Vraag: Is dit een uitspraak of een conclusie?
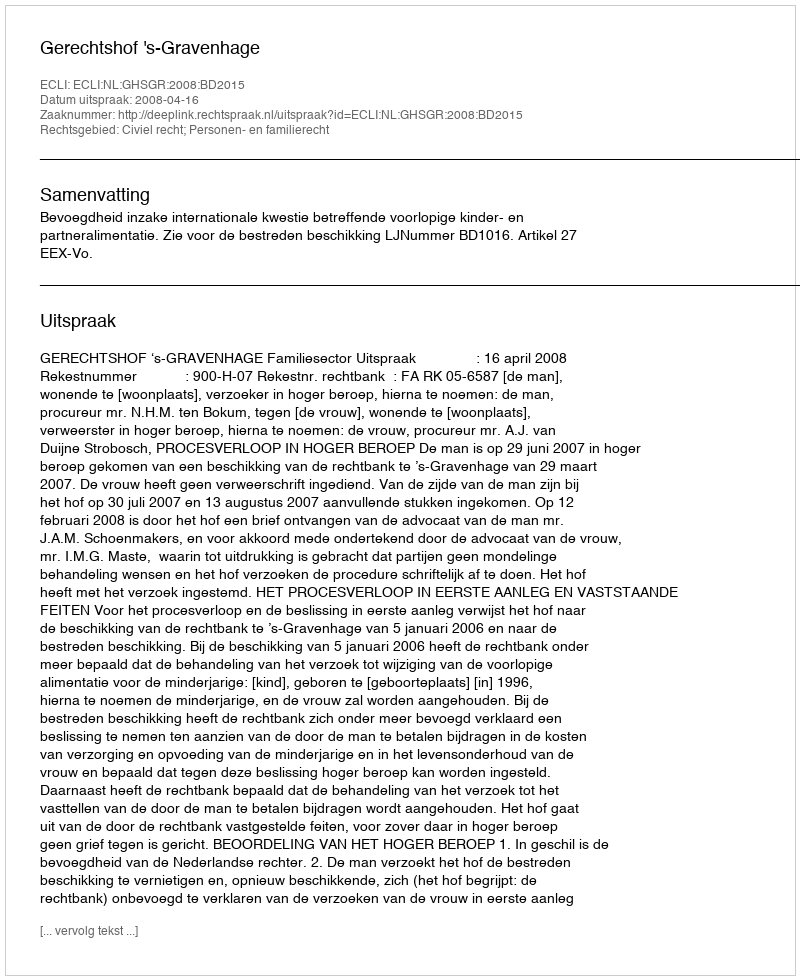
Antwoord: Uitspraak